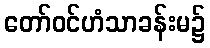
တော်ဝင်ဟံသာခန်းမ၌